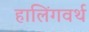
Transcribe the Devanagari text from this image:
हालिंगवर्थ